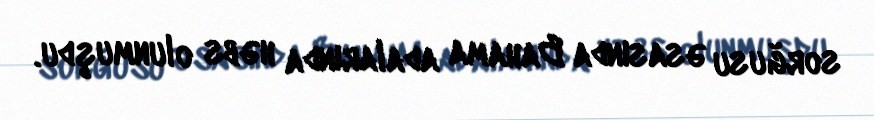
sorğusu əsasında Bahama adalarında həbs olunmuşdu.